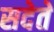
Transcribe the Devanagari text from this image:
सदेते